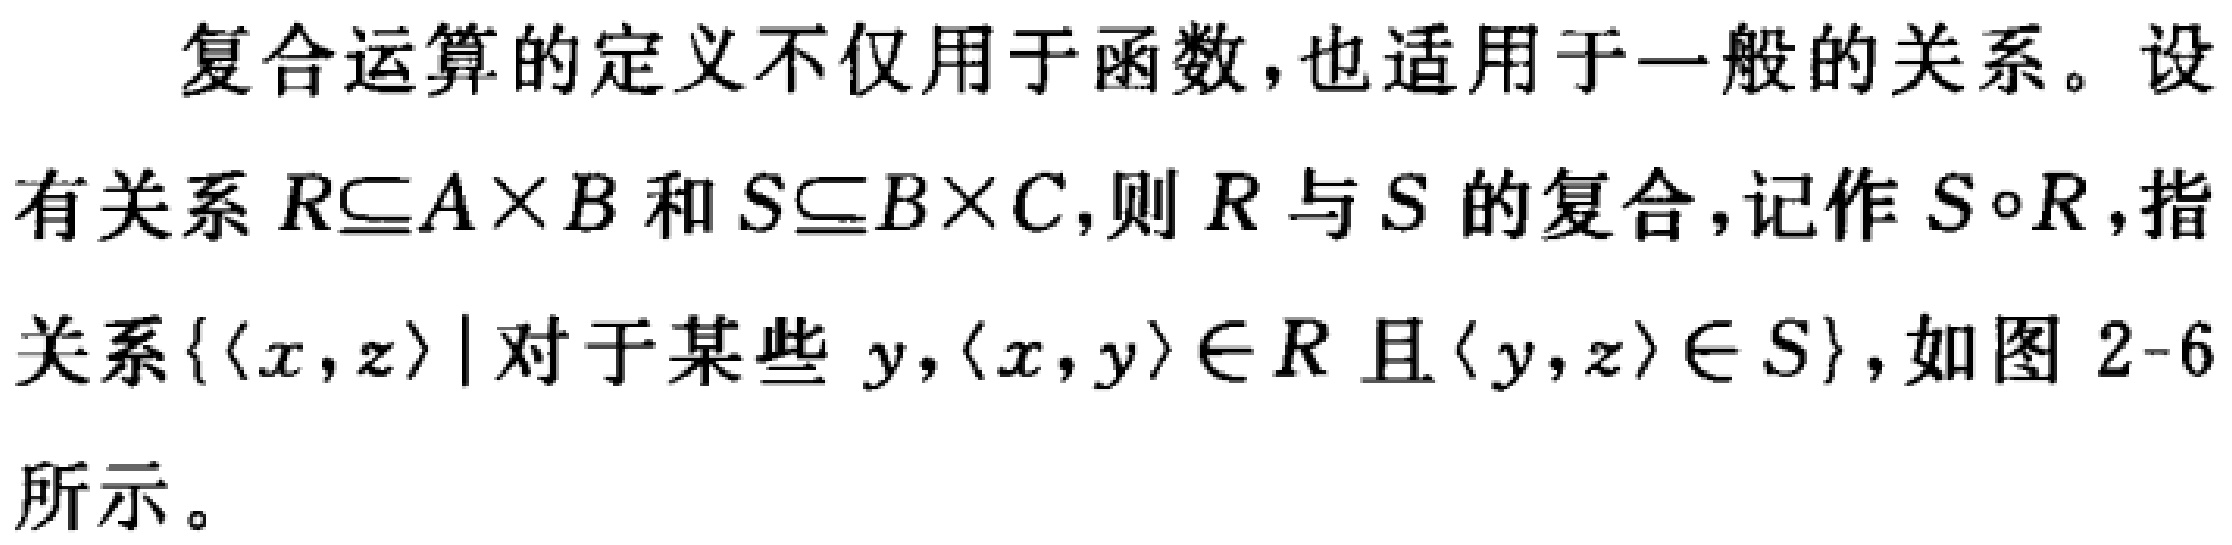
复合运算的定义不仅用于函数，也适用于一般的关系。设有关系$R\subseteq A\times B$和$S\subseteq B\times C$，则$R$与$S$的复合，记作$S\circ R$，指关系$\{\langle x,z\rangle\mid 对于某些\ y,\langle x,y\rangle\in R且\langle y,z\rangle\in S\}$，如图2-6所示。